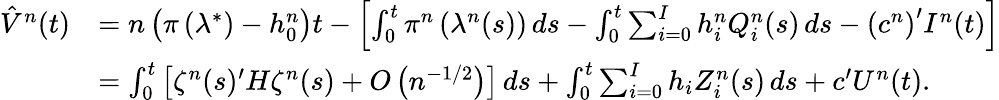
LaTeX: \begin{array}{rl}{\hat{V}^{n}(t)}&{=n\left(\pi\left(\lambda^{*}\right)-h_{0}^{n}\right)t-\left[\int_{0}^{t}\pi^{n}\left(\lambda^{n}(s)\right)\, ds-\int_{0}^{t}\sum_{i=0}^{I}h_{i}^{n}Q_{i}^{n}(s)\, ds-\left(c^{n}\right)^{\prime}I^{n}(t)\right]}\\ &{=\int_{0}^{t}\left[\zeta^{n}(s)^{\prime}H\zeta^{n}(s)+O\left(n^{-1/2}\right)\right]\, ds+\int_{0}^{t}\sum_{i=0}^{I}h_{i}Z_{i}^{n}(s)\, ds+c^{\prime}U^{n}(t).}\end{array}